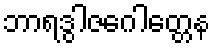
ဘာရဒွါဇဂေါတ္တေန